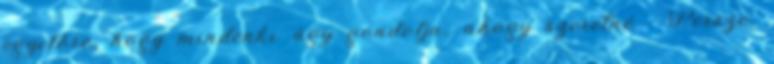
egyelőre, hogy mindenki úgy gondolja, ahogy szeretné : Persze,